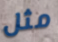
مثل